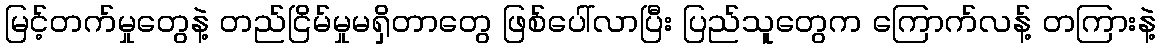
မြင့်တက်မှုတွေနဲ့ တည်ငြိမ်မှုမရှိတာတွေ ဖြစ်ပေါ်လာပြီး ပြည်သူတွေက ကြောက်လန့် တကြားနဲ့